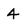
Character: 4